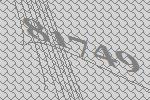
81749